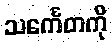
သင်္ကေတကို